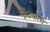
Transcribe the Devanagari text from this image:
स्ट्रैटेजीस